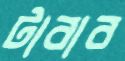
টাবাব